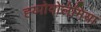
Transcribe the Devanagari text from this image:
ह्य्पोवोलेमिया